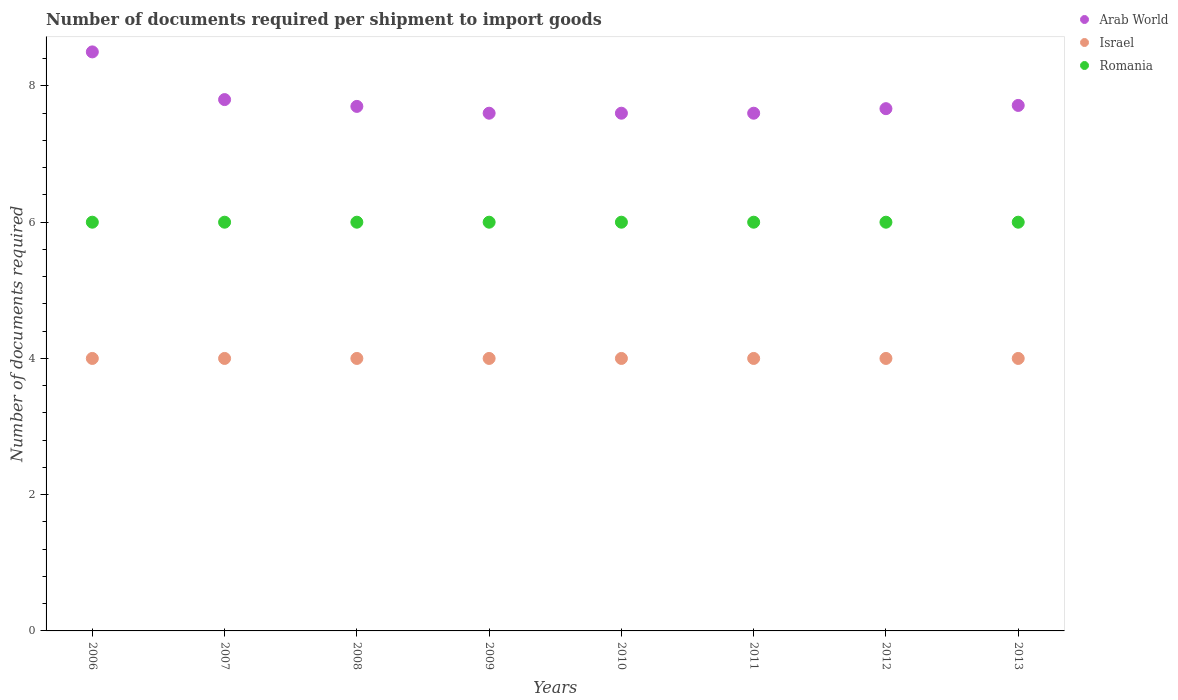
| Years | Arab World | Israel | Romania |
 | --- | --- | --- | --- |
 | 2006 | 8.5 | 4 | 6 |
 | 2007 | 7.8 | 4 | 6 |
 | 2008 | 7.7 | 4 | 6 |
 | 2009 | 7.6 | 4 | 6 |
 | 2010 | 7.6 | 4 | 6 |
 | 2011 | 7.6 | 4 | 6 |
 | 2012 | 7.67 | 4 | 6 |
 | 2013 | 7.71 | 4 | 6 |